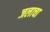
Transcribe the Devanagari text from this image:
जलाचा